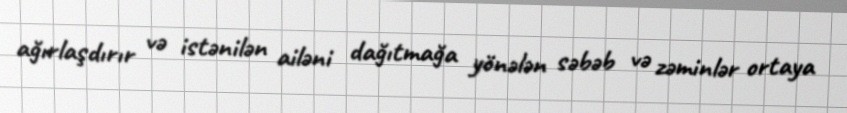
ağırlaşdırır və istənilən ailəni dağıtmağa yönələn səbəb və zəminlər ortaya